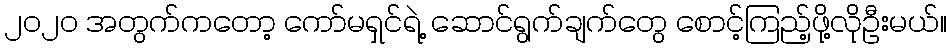
၂၀၂၀ အတွက်ကတော့ ကော်မရှင်ရဲ့ ဆောင်ရွက်ချက်တွေ စောင့်ကြည့်ဖို့လိုဦးမယ်။